Vaccination in Bombay 1902-1912 - 1902-1912
Year: 1902
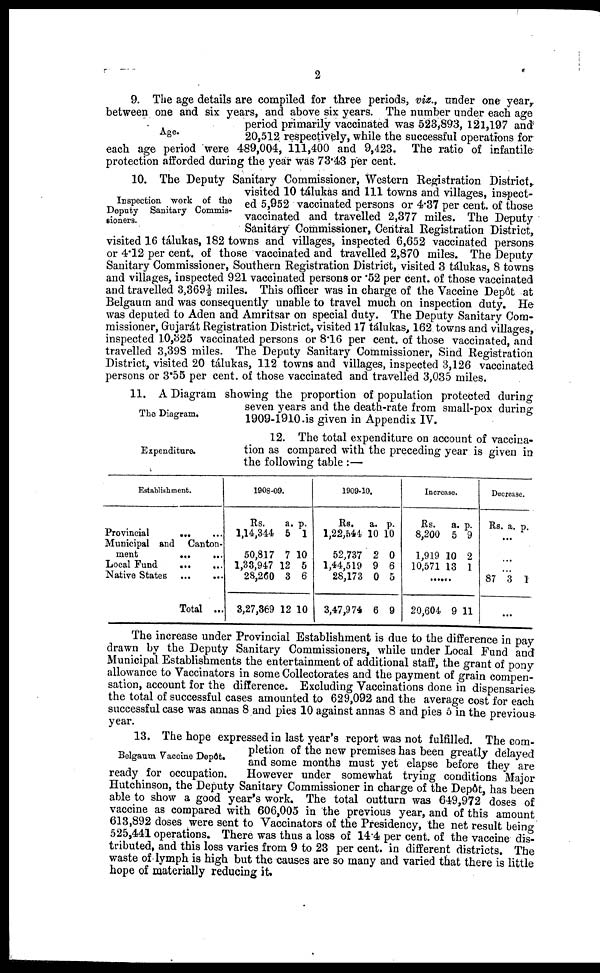
2
Age.
9. The age details are compiled for three periods, viz., under one year,
between one and six years, and above six years. The number under each age
period primarily vaccinated was 523,893, 121,197 and
20,512 respectively, while the successful operations for
each age period were 489,004, 111,400 and 9,423. The ratio of infantile
protection afforded during the year was 73.43 per cent.
Inspection work of the
Deputy Sanitary Commis-
sioners.
10. The Deputy Sanitary Commissioner, Western Registration District,
visited 10 tálukas and 111 towns and villages, inspect-
ed 5,952 vaccinated persons or 4.37 per cent. of those
vaccinated and travelled 2,377 miles. The Deputy
Sanitary Commissioner, Central Registration District,
visited 16 tálukas, 182 towns and villages, inspected 6,652 vaccinated persons
or 4.12 per cent. of those vaccinated and travelled 2,870 miles. The Deputy
Sanitary Commissioner, Southern Registration District, visited 3 tálukas, 8 towns
and villages, inspected 921 vaccinated persons or .52 per cent. of those vaccinated
and travelled 3,369½ miles. This officer was in charge of the Vaccine Depôt at
Belgaum and was consequently unable to travel much on inspection duty. He
was deputed to Aden and Amritsar on special duty. The Deputy Sanitary Com-
missioner, Gujarát Registration District, visited 17 tálukas, 162 towns and villages,
inspected 10,325 vaccinated persons or 8.16 per cent. of those vaccinated, and
travelled 3,398 miles. The Deputy Sanitary Commissioner, Sind Registration
District, visited 20 tálukas, 112 towns and villages, inspected 3,126 vaccinated
persons or 3.55 per cent. of those vaccinated and travelled 3,035 miles.
The Diagram.
11. A Diagram showing the proportion of population protected during
seven years and the death-rate from small-pox during
1909-1910. is given in Appendix IV.
Expenditure.
12. The total expenditure on account of vaccina-
tion as compared with the preceding year is given in
the following table :—
Establishment.
Provincial
... ...
Municipal and Canton-
ment
...
...
Local Fund
... ...
Native States ...
...
Total ...
1908-09.
Rs.
1,14,344
50,817
1,33,947
28,260
3,27,369
a.
5
7
12
3
12
p.
1
10
5
6
10
1909-10.
Rs.
1,22,544
52,737
1,44,519
28,173
3,47,974
a.
10
2
9
0
6
p.
10
0
6
5
9
Increase.
Rs.
8,200
1,919
10,571
a.
5
10
13
p.
9
2
1
......
20,604 9 11
Decrease.
Rs. a. p.
...
...
...
87 3 1
...
The increase under Provincial Establishment is due to the difference in pay
drawn by the Deputy Sanitary Commissioners, while under Local Fund and
Municipal Establishments the entertainment of additional staff, the grant of pony
allowance to Vaccinators in some Collectorates and the payment of grain compen-
sation, account for the difference. Excluding Vaccinations done in dispensaries-
the total of successful cases amounted to 629,092 and the average cost for each
successful case was annas 8 and pies 10 against annas 8 and pies 5 in the previous-
year.
Belgaum Vaccine Depôt.
13. The hope expressed in last year's report was not fulfilled. The com-
pletion of the new premises has been greatly delayed
and some months must yet elapse before they are
ready for occupation.
However under somewhat trying conditions Major
Hutchinson, the Deputy Sanitary Commissioner in charge of the Depôt, has been
able to show a good year's work. The total outturn was 649,972 doses of
vaccine as compared with 606,005 in the previous year, and of this amount
613,892 doses were sent to Vaccinators of the Presidency, the net result being
525,441 operations. There was thus a loss of 14.4 per cent. of the vaccine dis-
tributed, and this loss varies from 9 to 23 per cent. in different districts. The
waste of lymph is high but the causes are so many and varied that there is little
hope of materially reducing it.